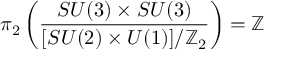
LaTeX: \pi _ { 2 } \left( { \frac { S U ( 3 ) \times S U ( 3 ) } { [ S U ( 2 ) \times U ( 1 ) ] / \mathbb { Z } _ { 2 } } } \right) = \mathbb { Z }